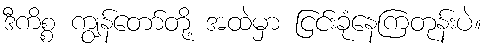
ဒီကိစ္စ ကျွန်တော်တို့ အထဲမှာ ငြင်းခုံနေကြတုန်းပဲ။